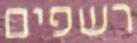
רשפים